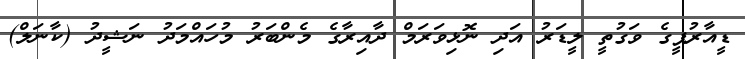
ޑީއާރުޕީގެ ވަގުތީ ލީޑަރު އަދި ނޮޅިވަރަމް ދާއިރާގެ މެންބަރު މުހައްމަދު ނަޝީދު (ކާނަލް)